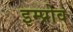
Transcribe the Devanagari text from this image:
इम्प्रोव